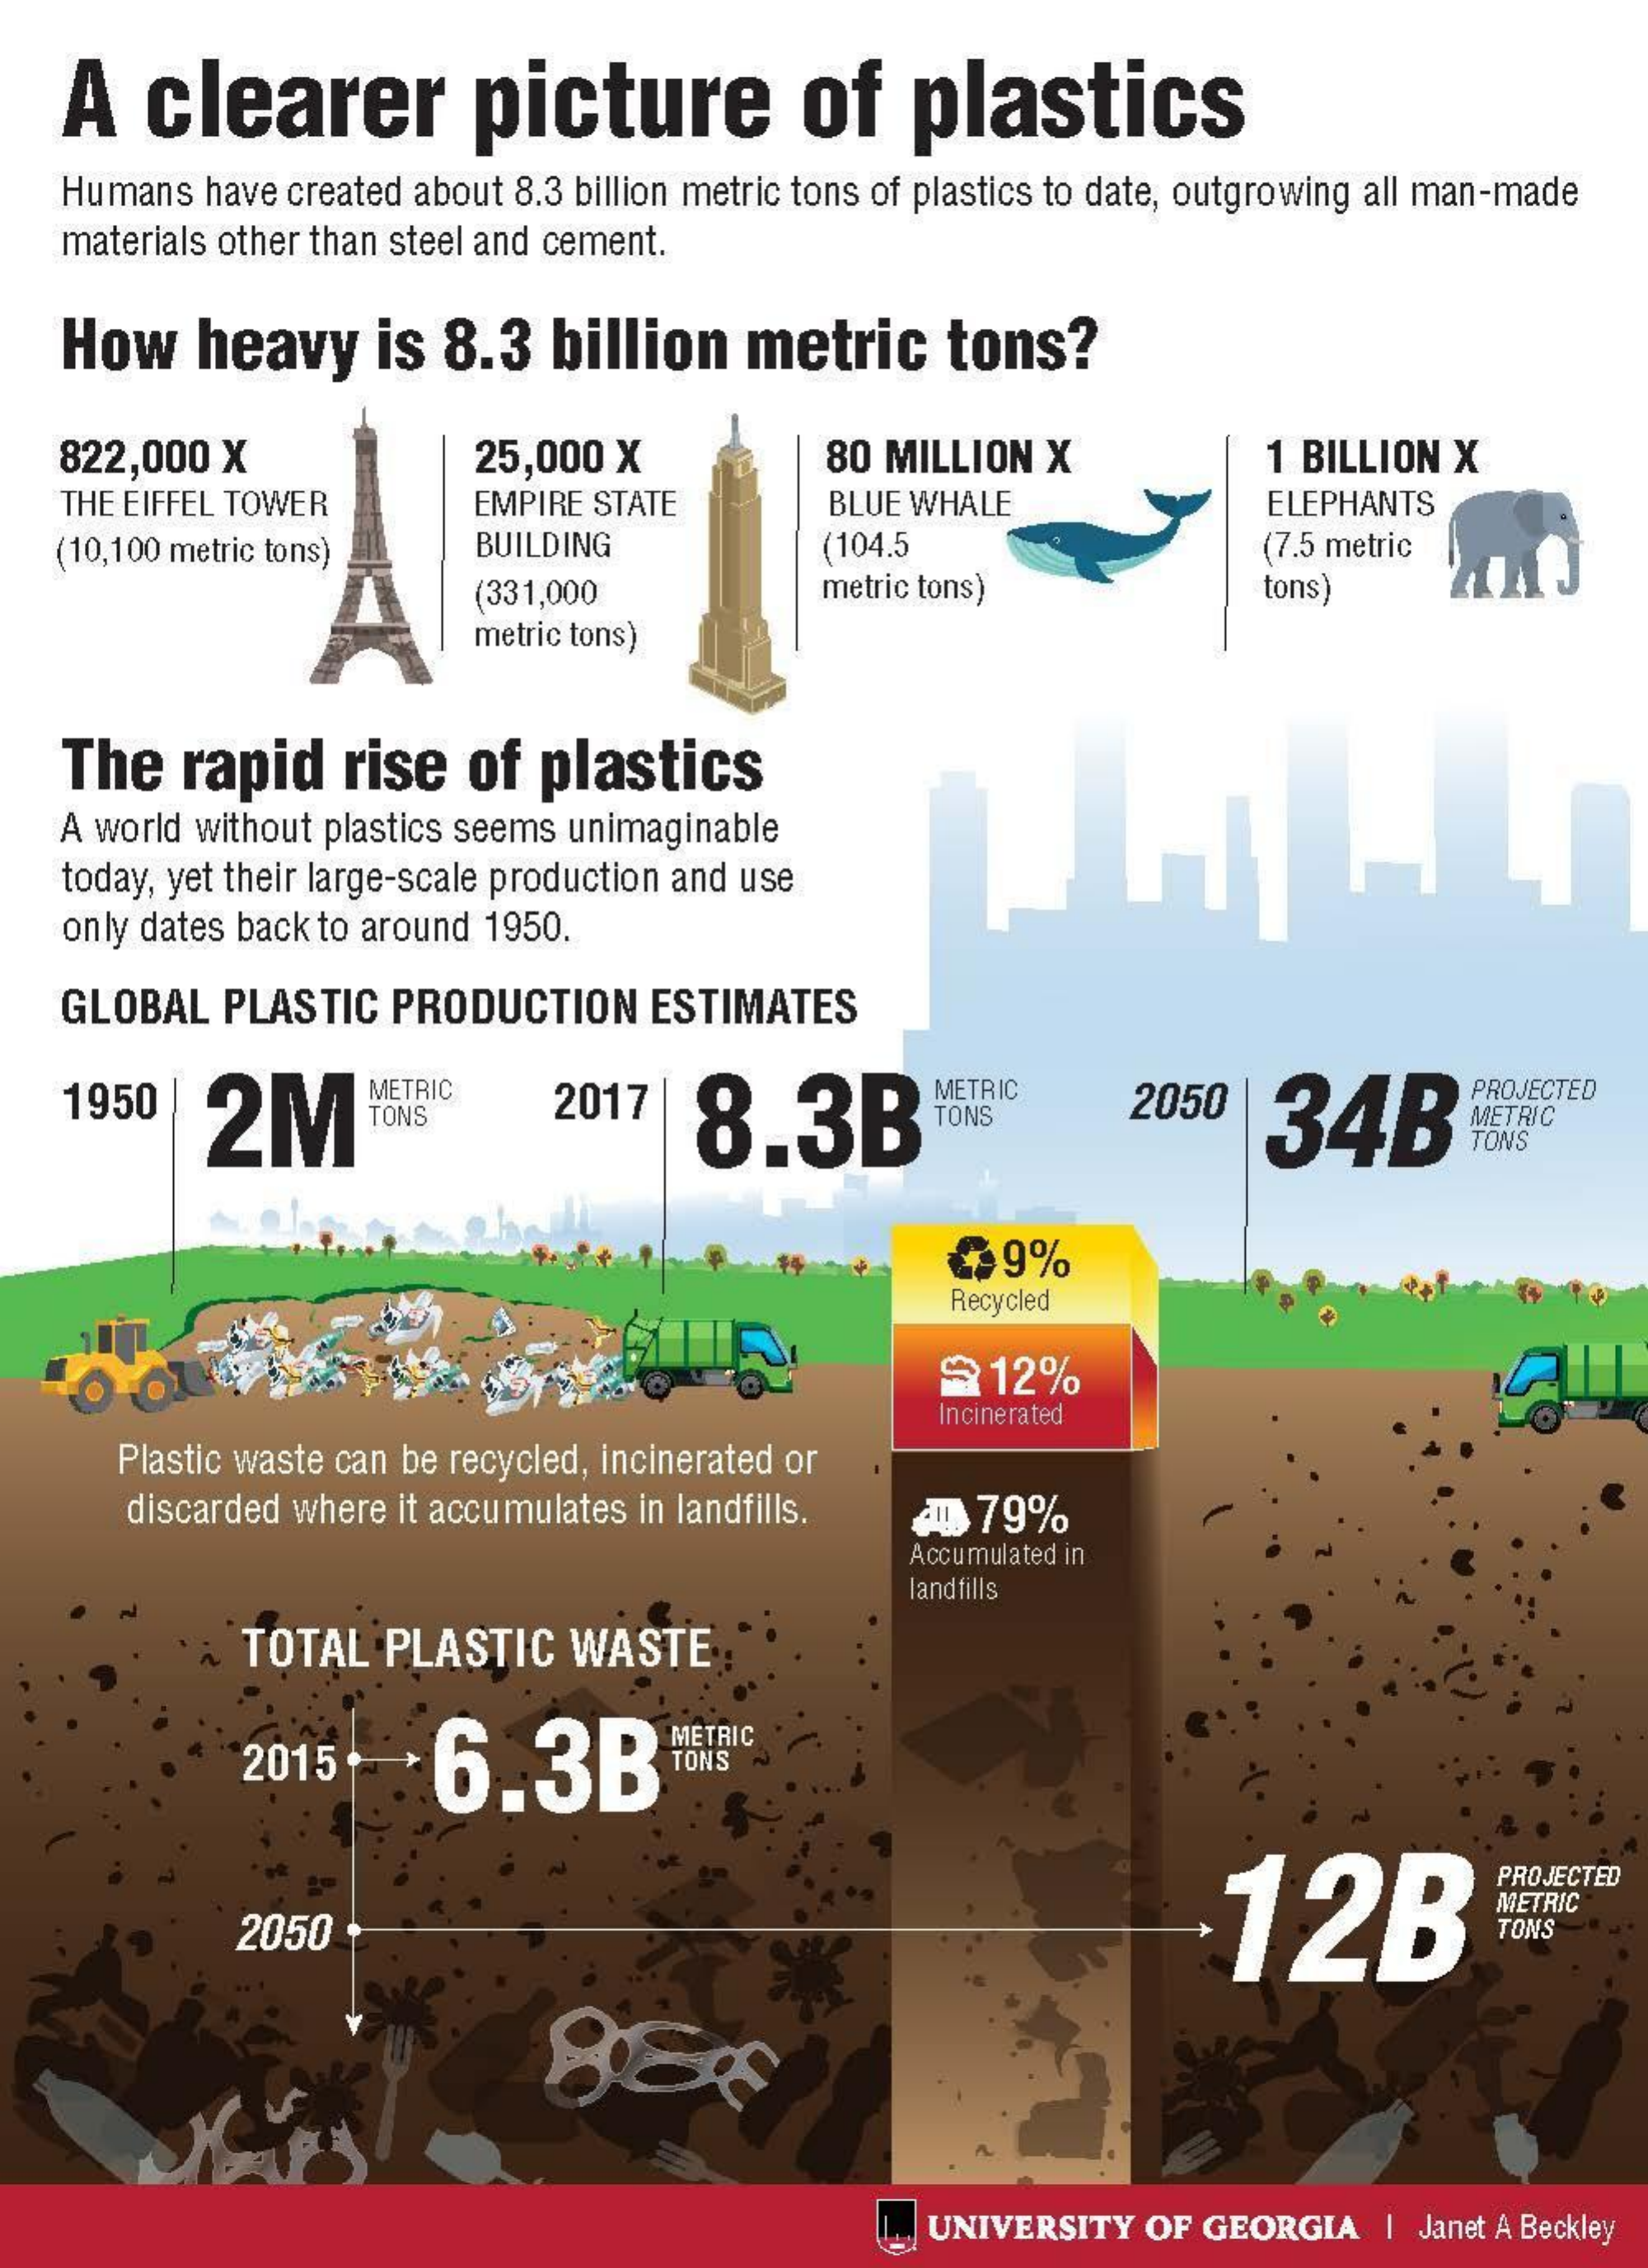
A  clearer    picture    of    plastics
    Humans have created about 8.3 billion metric tons of plastics to date, outgrowing all man-made
    materials other than steel and cement.
   How    heavy    is 8.3   billion   metric    tons?
    822,000 X    25,000 X    80 MILLION X    1 BILLION X
    THE EIFFEL TOWER    EMPIRE STATE    BLUE WHALE    ELEPHANTS
   (10,100 metric tons)  BUILDING    (104.5    (7.5 metric
     (331,000    metric tons)    tons)
     metric tons)
    The  rapid    rise  of  plastics
    A world without plastics seems unimaginable
   today, yet their large-scale production and use
    only dates back to around 1950.
    GLOBAL  PLASTIC  PRODUCTION   ESTIMATES
    1950   2M
     METRIC
     TONS    2017    8.3B
     METRIC
     TONS
     2050   34B
     PROJECTED
     METRIC
     TONS
     € 39%
     Recycled
     @ 12%
     Incinerated
     Plastic waste can be recycled, incinerated or
     discarded where it accumulates in landfills. 4 79%
     Accumulated in
     landfills
     TOTAL  PLASTIC   WASTE
     2015    6.3BF
     METRIC
     12B
     PROJECTED
     2050
     METRIC
     TONS
     UNIVERSITY OF GEORGIA   | Janet A Beckley